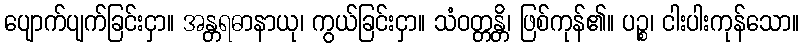
ပျောက်ပျက်ခြင်းငှာ။ အန္တရဓာနာယု၊ ကွယ်ခြင်းငှာ။ သံဝတ္တန္တိ၊ ဖြစ်ကုန်၏။ ပဉ္စ၊ ငါးပါးကုန်သော။